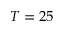
T = 2 5